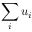
\sum _ { i } u _ { i }